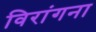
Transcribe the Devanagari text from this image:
विरांगना